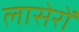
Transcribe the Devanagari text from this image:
लासेरों